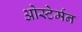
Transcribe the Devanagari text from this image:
ओस्टेर्मन